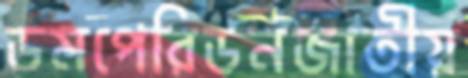
ডমপেরিডনজাতীয়